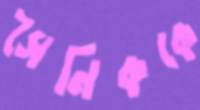
সৈনিককে